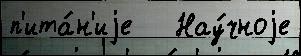
п'ита́н'иjе   Нау́чноjе